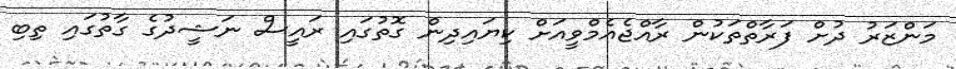
މަންޒަރު ދުށް ފަރާތްތަކުން ރާއްޖެއެމްވީއަށް ކިޔައިދިން ގޮތުގައި ރައީސް ނަޝީދުގެ ގާތުގައި ތިބި